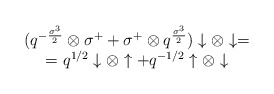
\begin{align*}\begin{array}{c}(q^{-{\sigma^3\over 2}}\otimes \sigma^++\sigma^+\otimes q^{\sigma^3\over 2})\downarrow\otimes\downarrow=\\=q^{1/2}\downarrow\otimes\uparrow+q^{-1/2}\uparrow\otimes\downarrow\end{array}\end{align*}